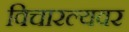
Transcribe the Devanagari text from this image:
विचारल्यवर